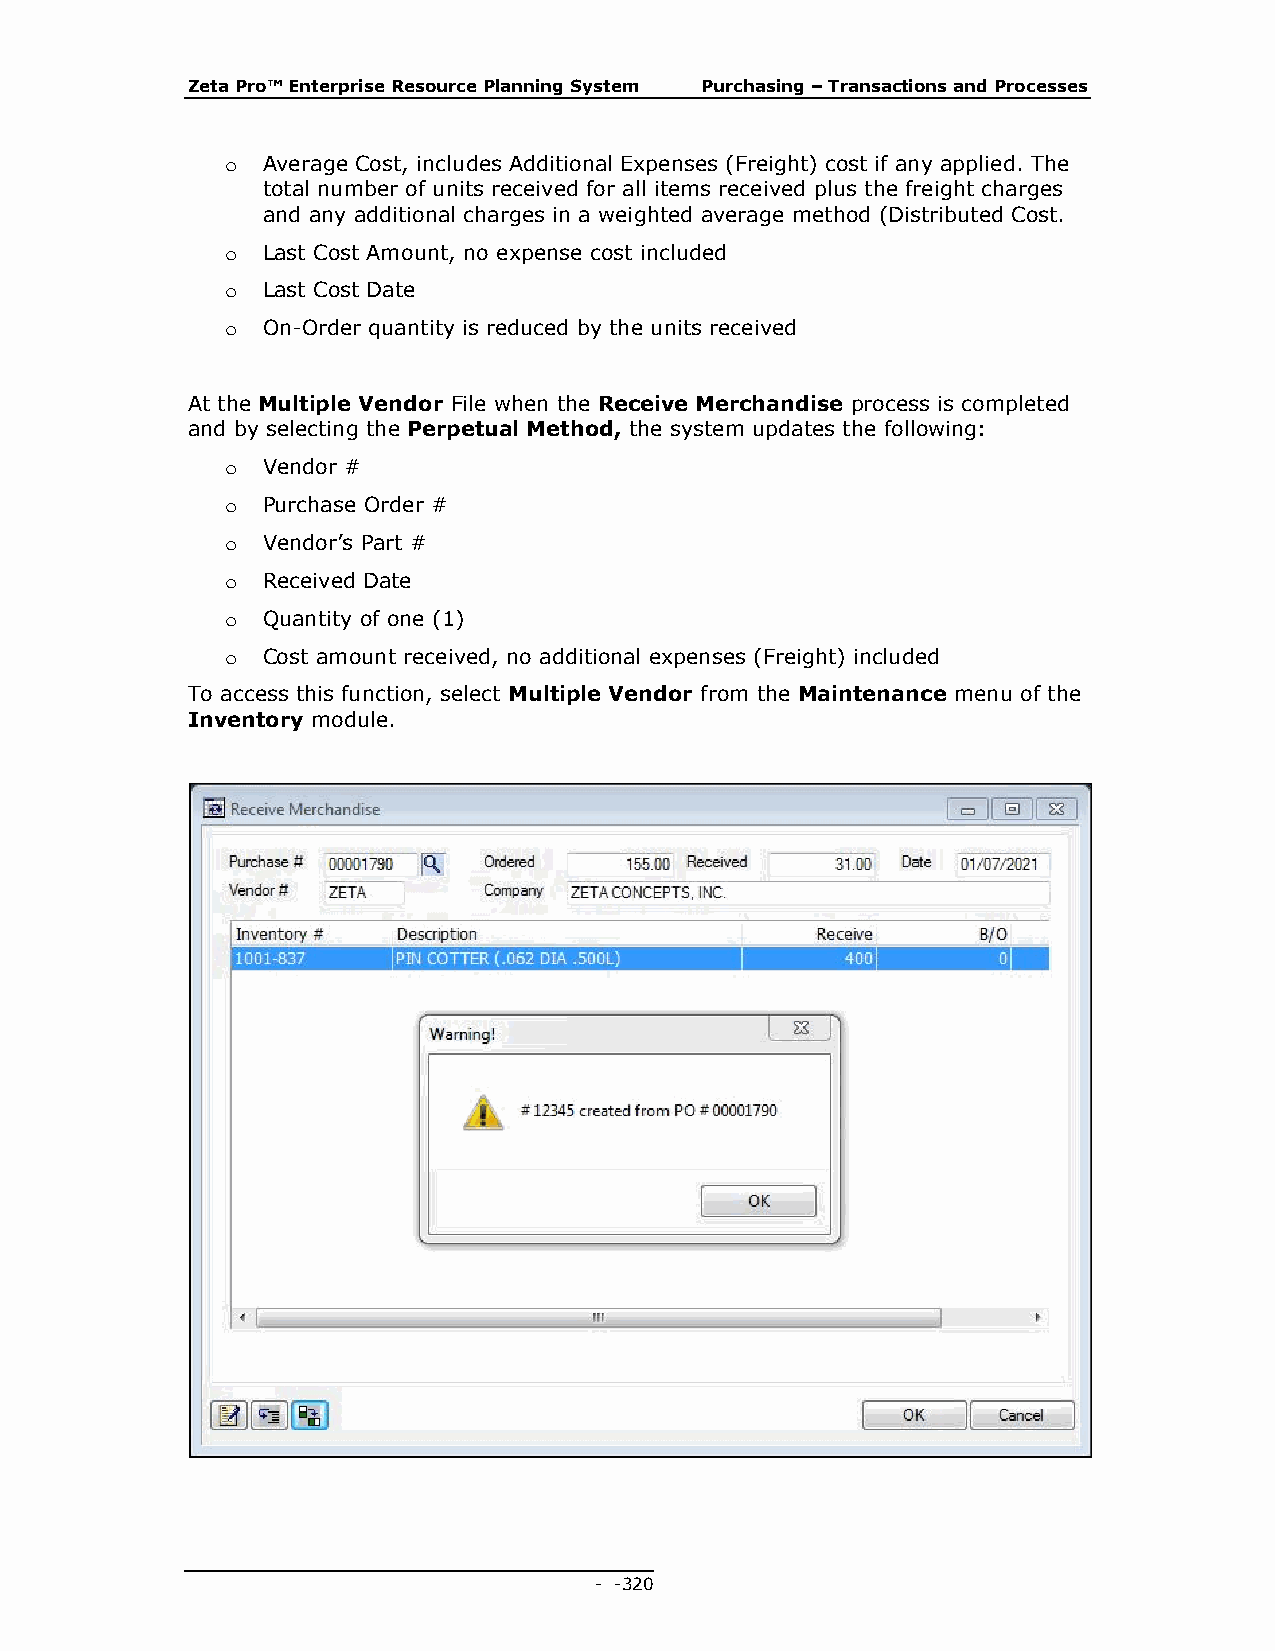
Zeta Pro™ Enterprise Resource Planning System Purchasing – Transactions and Processes
 o Average Cost, includes Additional Expenses (Freight) cost if any applied. The
 total number of units received for all items received plus the freight charges
 and any additional charges in a weighted average method (Distributed Cost.
 o Last Cost Amount, no expense cost included
 o Last Cost Date
 o On-Order quantity is reduced by the units received
 At the Multiple Vendor File when the Receive Merchandise process is completed
 and by selecting the Perpetual Method, the system updates the following:
 o Vendor #
 o Purchase Order #
 o Vendor’s Part #
 o Received Date
 o Quantity of one (1)
 o Cost amount received, no additional expenses (Freight) included
 To access this function, select Multiple Vendor from the Maintenance menu of the
 Inventory module.
 - - 320